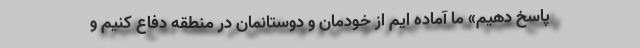
پاسخ دهیم» ما آماده ایم از خودمان و دوستانمان در منطقه دفاع کنیم و